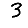
Digit: 3